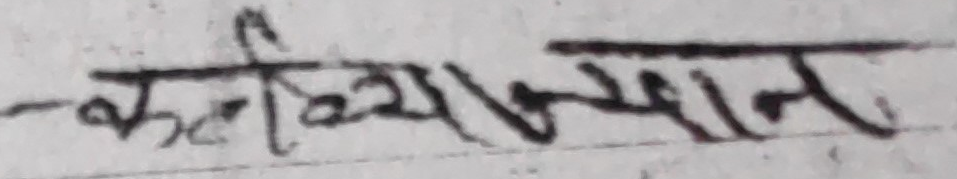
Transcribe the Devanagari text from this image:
कर्तव्यज्ञान